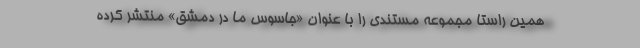
همین راستا مجموعه مستندی را با عنوان «جاسوس ما در دمشق» منتشر کرده